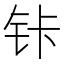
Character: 𰽩